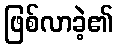
ဖြစ်လာခဲ့၏